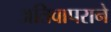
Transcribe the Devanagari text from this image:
अतिवापराने